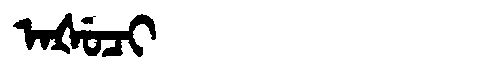
Manchu: ᠠᡧᡠᠴᡳ
Romanization: AŠUCI